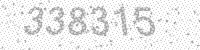
Solution: 338315